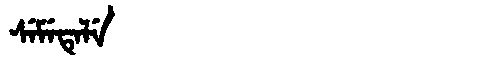
Manchu: ᠰᡝᠮᡝᡨᡝᠯᡝ
Romanization: SEMETELE